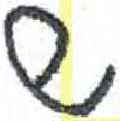
אות: ש